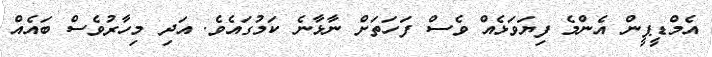
އެމްޑީޕީން އެންމެ ފިޔަވަޅެއް ވެސް ފަހަތަށް ނާޅާނެ ކަމުގައެވެ. އަދި މިހާރުވެސް ބައެއް